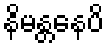
နိမန္တနေပိ